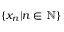
\{ x _ { n } | n \in \mathbb { N } \}